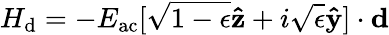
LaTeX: H_{\mathrm{d}}=-E_{\mathrm{ac}}[\sqrt{1-\epsilon}\mathbf{\hat{z}}+i\sqrt{\epsilon}\mathbf{\hat{y}}]\cdot\mathbf{d}